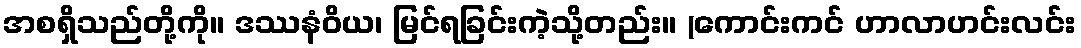
အစရှိသည်တို့ကို။ ဒဿနံဝိယ၊ မြင်ရခြင်းကဲ့သို့တည်း။ (ကောင်းကင် ဟာလာဟင်းလင်း